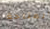
المتاحة